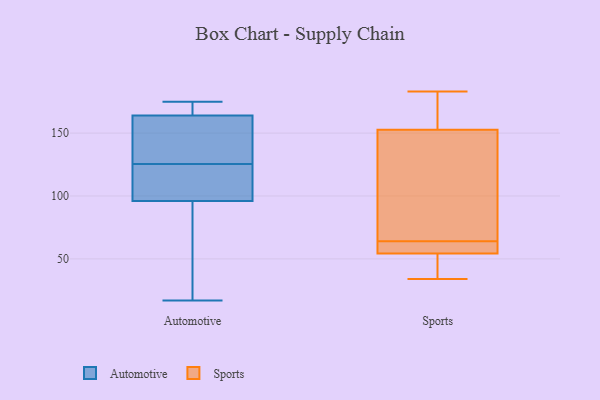
{"axis": {"x": "Market Share (%)", "y": "Value"}, "legend": ["Automotive", "Sports"], "data": [{"x": "", "y": 122, "type": "Automotive"}, {"x": "", "y": 129, "type": "Automotive"}, {"x": "", "y": 111, "type": "Automotive"}, {"x": "", "y": 131, "type": "Automotive"}, {"x": "", "y": 17, "type": "Automotive"}, {"x": "", "y": 96, "type": "Automotive"}, {"x": "", "y": 164, "type": "Automotive"}, {"x": "", "y": 175, "type": "Automotive"}, {"x": "", "y": 93, "type": "Automotive"}, {"x": "", "y": 166, "type": "Automotive"}, {"x": "", "y": 63, "type": "Sports"}, {"x": "", "y": 57, "type": "Sports"}, {"x": "", "y": 55, "type": "Sports"}, {"x": "", "y": 34, "type": "Sports"}, {"x": "", "y": 52, "type": "Sports"}, {"x": "", "y": 155, "type": "Sports"}, {"x": "", "y": 183, "type": "Sports"}, {"x": "", "y": 160, "type": "Sports"}, {"x": "", "y": 64, "type": "Sports"}, {"x": "", "y": 130, "type": "Sports"}, {"x": "", "y": 66, "type": "Sports"}, {"x": "", "y": 152, "type": "Sports"}, {"x": "", "y": 42, "type": "Sports"}]}